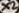
Text: X2